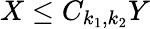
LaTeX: X\le C_{k_{1},k_{2}}Y